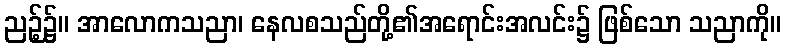
ညဉ့်၌။ အာလောကသညာ၊ နေလစသည်တို့၏အရောင်းအလင်း၌ ဖြစ်သော သညာကို။